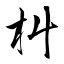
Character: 朻